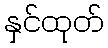
နှင်ထုတ်